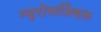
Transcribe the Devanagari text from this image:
न्युरोसर्जिकल